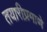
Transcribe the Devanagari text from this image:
तयारीप्रमाणे